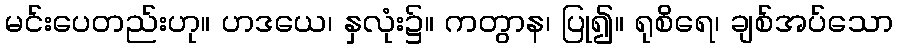
မင်းပေတည်းဟု။ ဟဒယေ၊ နှလုံး၌။ ကတွာန၊ ပြု၍။ ရုစိရေ၊ ချစ်အပ်သော